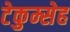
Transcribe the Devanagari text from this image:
टेकुम्सेह